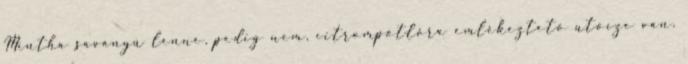
Mintha savanyú lenne, pedig nem, citrompótlóra emlékeztető utóíze van.